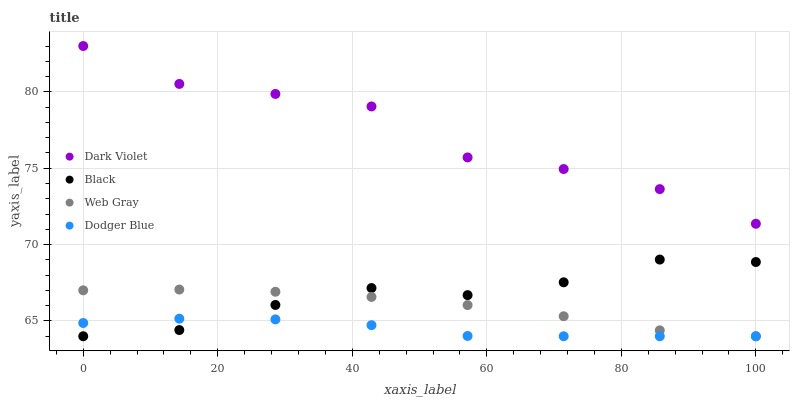
| xaxis_label | Dark Violet | Black | Web Gray | Dodger Blue |
 | --- | --- | --- | --- | --- |
 | 0 | 83 | 64 | 67 | 64.9 |
 | 14.3 | 80.5 | 64.4 | 67.1 | 65.2 |
 | 28.6 | 79.9 | 66 | 66.9 | 65.1 |
 | 42.9 | 79 | 67.2 | 66.6 | 64.7 |
 | 57.1 | 75.7 | 66.7 | 66 | 64 |
 | 71.4 | 74.9 | 67.5 | 65.3 | 64 |
 | 85.7 | 73.6 | 69 | 64.4 | 64 |
 | 100 | 71.4 | 68.9 | 64 | 64 |